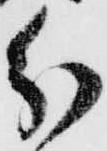
分